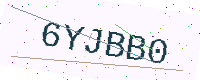
Text: 6YJBB0